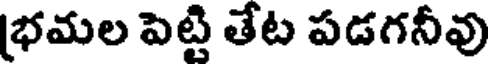
భమల పెట్టి తేట పడగనీవు